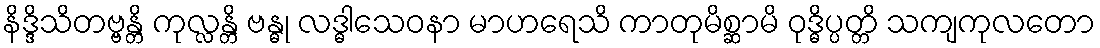
နိဒ္ဒိသိတဗ္ဗန္တိ ကုလ္လန္တိ ဗန္ဓု လဒ္ဓါသေဝနာ မာဟရေသိ ကာတုမိစ္ဆာမိ ဝုဒ္ဓိပ္ပတ္တိ သကျကုလတော